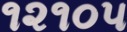
૧૨૧૦૫